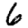
Digit: 6